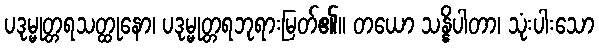
ပဒုမ္မုတ္တရသတ္ထုနော၊ ပဒုမ္မုတ္တရဘုရားမြတ်၏။ တယော သန္နိပါတာ၊ သုံးပါးသော